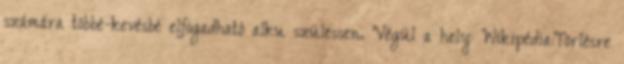
számára többé-kevésbé elfogadható alku szülessen. Végül a hely: Wikipédia:Törlésre